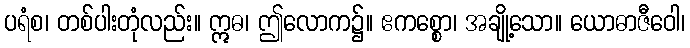
ပရံစ၊ တစ်ပါးတုံလည်း။ ဣဓ၊ ဤလောက၌။ ဧကစ္စော၊ အချို့သော။ ယောဓာဇီဝေါ၊